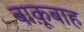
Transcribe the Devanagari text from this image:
बाक़ूबाह